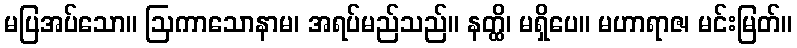
မပြအပ်သော။ ဩကာသောနာမ၊ အရပ်မည်သည်။ နတ္ထိ၊ မရှိပေ။ မဟာရာဇ၊ မင်းမြတ်။